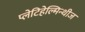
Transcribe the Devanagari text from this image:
प्लेटिहेल्मिन्थीज